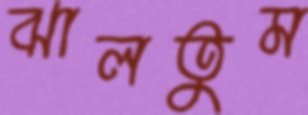
ঝালতুম